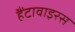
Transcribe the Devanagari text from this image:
हैंटावाइरस